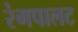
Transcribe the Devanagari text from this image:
रंगपालट